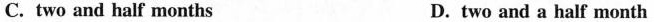
C. two and half months D. two and a half month